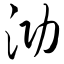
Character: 泐